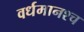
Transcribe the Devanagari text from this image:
वर्धमानश्च